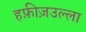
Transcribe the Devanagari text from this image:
हफ़ीज़उल्ला